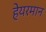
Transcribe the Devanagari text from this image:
हेयरमान